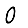
Digit: 0